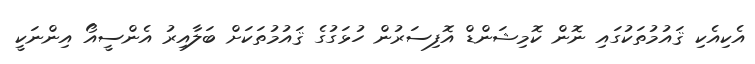
އެކިއެކި ޤައުމުތަކުގައި ނޮން ކޮމިޝަންޑް އޮފިސަރުން ހުޅަގުގެ ޤައުމުތަކަށް ބަލާއިރު އެންސީއޯ އިންނަކީ